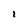
Character: I